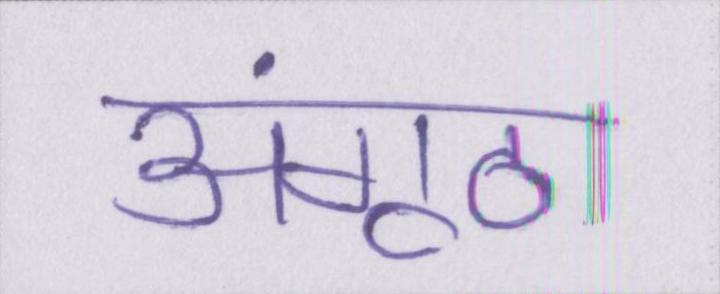
अंगूठा